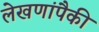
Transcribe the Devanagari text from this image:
लेखणांपैकी